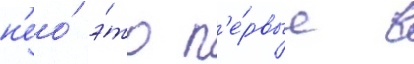
н'ео́ э́то п'е́рвые в